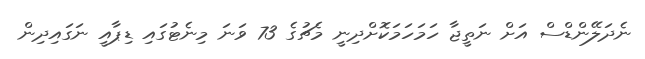
ނެދަލޭންޑްސް އަށް ނަތީޖާ ހަމަހަމަކޮށްދިނީ މެޗުގެ 73 ވަނަ މިނެޓުގައި ޑިޕާއީ ނަގައިދިން